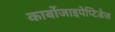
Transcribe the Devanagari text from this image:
कार्बोजाइपेप्टिडेज